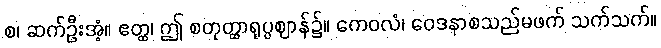
စ၊ ဆက်ဦးအံ့။ ဧတ္ထ၊ ဤ စတုတ္ထာရုပ္ပဈာန်၌။ ကေဝလံ၊ ဝေဒနာစသည်မဖက် သက်သက်။